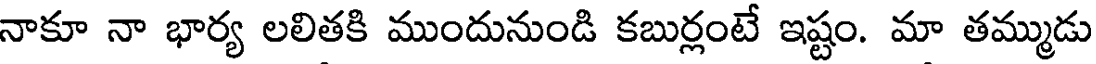
నాకూ నా భార్య లలితకి ముందునుండి కబుర్లంటే ఇష్టం. మా తమ్ముడు